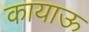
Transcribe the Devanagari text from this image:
कायाऊ